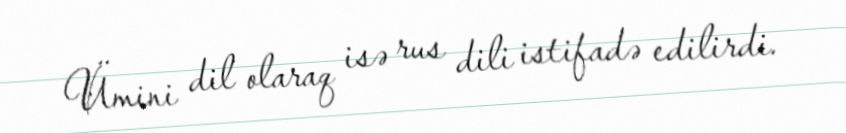
Ümini dil olaraq isə rus dili istifadə edilirdi.